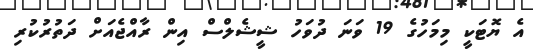
އެ ޔޮޓަކީ މިމަހުގެ 19 ވަނަ ދުވަހު ޝީޝެލްސް އިން ރާއްޖެއަށް ދަތުރުކުރި